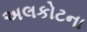
અલકોટના